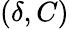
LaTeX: (\delta,C)